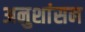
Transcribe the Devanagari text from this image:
अनुशांसन